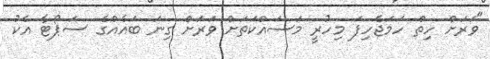
"ވަރަށް ހިތް ހަމަޖެހިފަ މިހުރީ މަސައްކަތަށް ވަރަށް ގިނަ ބައެއްގެ ސަޕޯޓާ އެކު